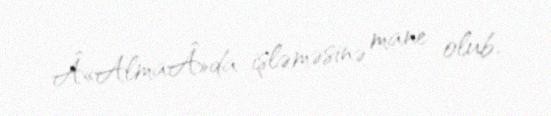
Â«AlmaÂ»da işləməsinə mane olub.